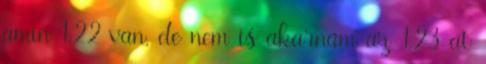
amin 1.22 van, de nem is akarnám az 1.23-at